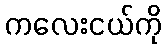
ကလေးငယ်ကို